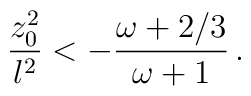
{{z_0 ^2}\over l^2} < - {{\omega + 2/3}\over{\omega +1}} \, .